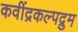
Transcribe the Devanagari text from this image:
कवींद्रकल्पद्रुम